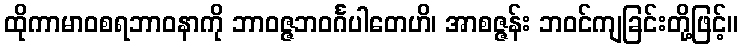
ထိုကာမာဝစရဘာဝနာကို ဘာဝဇ္ဇဘဝင်္ဂပါတေဟိ၊ အာစဇ္ဇန်း ဘဝင်ကျခြင်းတို့ဖြင့်။